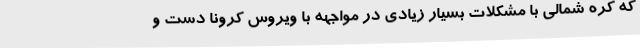
که کره شمالی با مشکلات بسیار زیادی در مواجهه با ویروس کرونا دست و